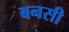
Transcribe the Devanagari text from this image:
बनसी